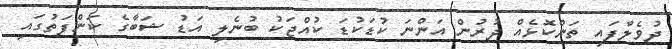
ދުވެލާފައި ތަންކޮޅެއް ދުރުން އަންނަ ކުޑަކުޑަ ކުއްޖަކު ބުނެލި އަޑު ޝަބާގެ ކަންފަތުގައި